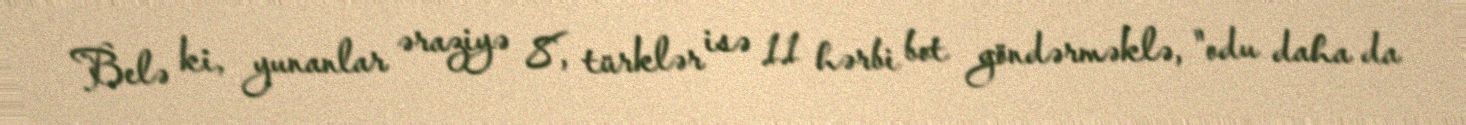
Belə ki, yunanlar əraziyə 8, türklər isə 11 hərbi bot göndərməklə, "odu daha da